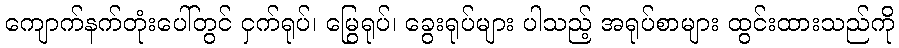
ကျောက်နက်တုံးပေါ်တွင် ငှက်ရုပ်၊ မြွေရုပ်၊ ခွေးရုပ်များ ပါသည့် အရုပ်စာများ ထွင်းထားသည်ကို